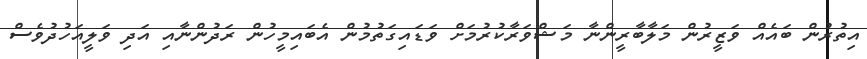
އިތުރުން ބައެއް ވަޒީރުން މަލާބާރީންނާ މަޝްވަރާކުރުމަށް ވަޑައިގަތުމުން އެބައިމީހުން ރަދުންނާއި އަދި ވަލީއަހުދުވެސް